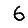
Digit: 6